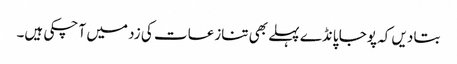
بتا دیں کہ پوجا پانڈے پہلے بھی تنازعات کی زد میں آ چکی ہیں۔